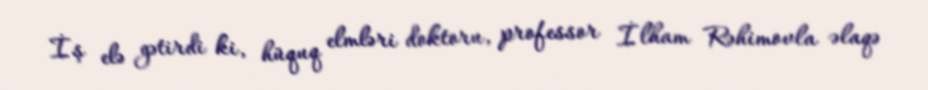
İş elə gətirdi ki, hüquq elmləri doktoru, professor İlham Rəhimovla əlaqə